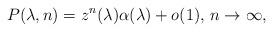
LaTeX: \begin{align*}P(\lambda,n)=z^{n}(\lambda)\alpha(\lambda)+o(1),\,n\rightarrow\infty, \end{align*}